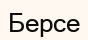
Берсе